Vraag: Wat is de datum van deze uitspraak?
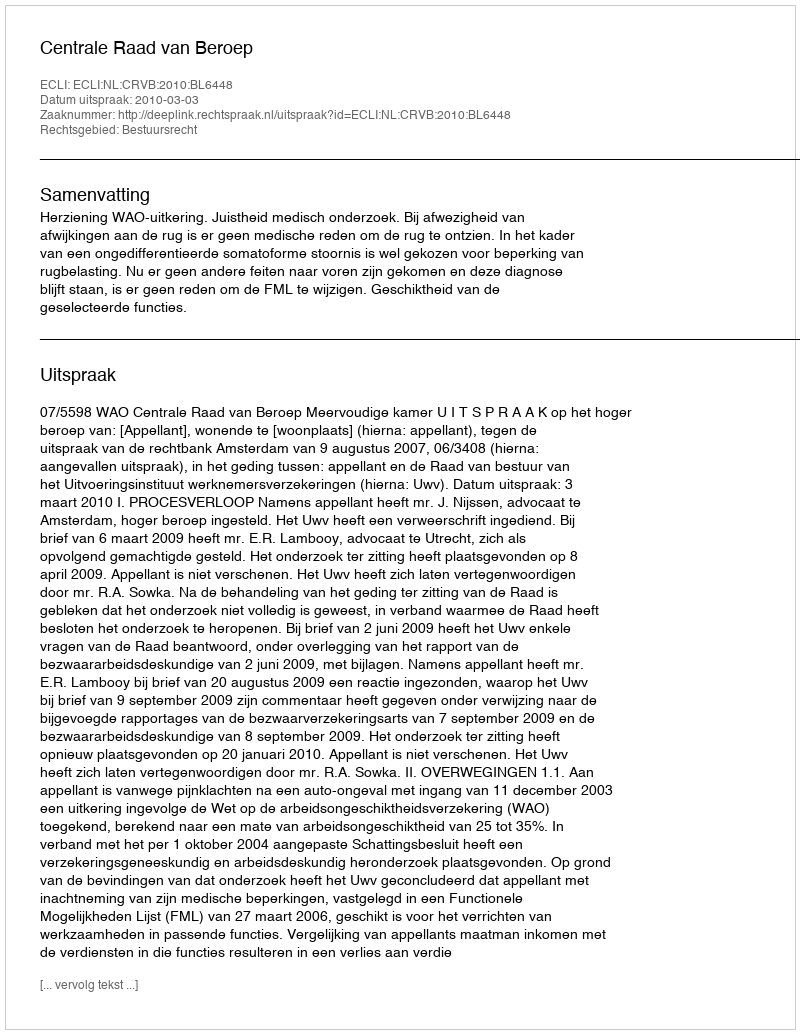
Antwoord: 2010-03-03